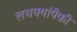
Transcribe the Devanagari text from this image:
लचक्यांपैकी